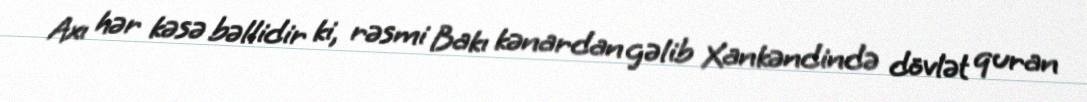
Axı hər kəsə bəllidir ki, rəsmi Bakı kənardan gəlib Xankəndində dövlət quran